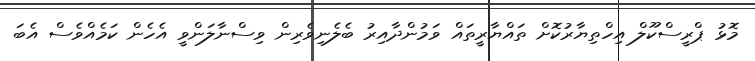
މޮޅު ޕްރީސްކޫލް އިހްތިޔާރުކޮށް ތައްޔާރީތައް ވަމުންދާއިރު ބެލެނިވެރިން ވިސްނާލަންވީ އެހެން ކަމެއްވެސް އެބަ